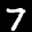
Label: 7